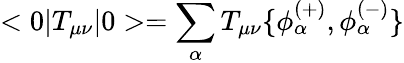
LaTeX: <0|T_{\mu\nu}|0>=\sum_{\alpha}T_{\mu\nu}\{ \phi_{\alpha}^{(+)},\phi_{\alpha}^{(-)}\}